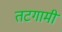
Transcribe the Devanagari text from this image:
तटगामी